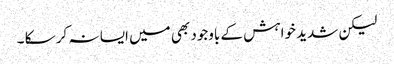
لیکن شدید خواہش کے باوجود بھی میں ایسا نہ کر سکا ۔